Vaccine operations Central Provinces 1886-1899 - 1886-1899
Year: 1886
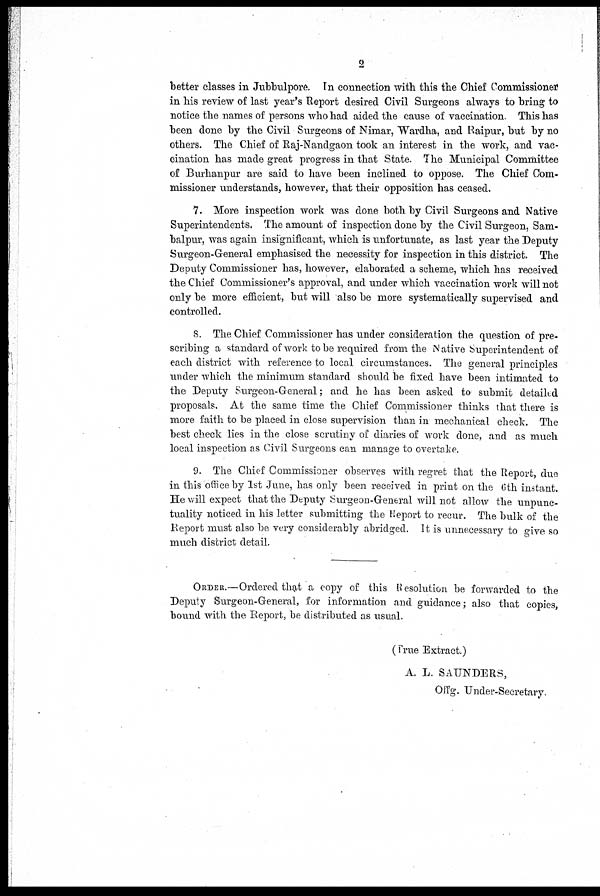
2
better classes in Jubbulpore. In connection with this the Chief Commissioner
in his review of last year's Report desired Civil Surgeons always to bring to
notice the names of persons who had aided the cause of vaccination. This has
been done by the Civil Surgeons of Nimar, Wardha, and Raipur, but by no
others. The Chief of Raj-Nandgaon took an interest in the work, and vac-
cination has made great progress in that State. The Municipal Committee
of Burhanpur are said to have been inclined to oppose. The Chief Com-
missioner understands, however, that their opposition has ceased.
7. More inspection work was done both by Civil Surgeons and Native
Superintendents. The amount of inspection done by the Civil Surgeon, Sam-
balpur, was again insignificant, which is unfortunate, as last year the Deputy
Surgeon-General emphasised the necessity for inspection in this district. The
Deputy Commissioner has, however, elaborated a scheme, which has received
the Chief Commissioner's approval, and under which vaccination work will not
only be more efficient, but will also be more systematically supervised and
controlled.
8. The Chief Commissioner has under consideration the question of pre-
scribing a standard of work to be required from the Native Superintendent of
each district with reference to local circumstances. The general principles
under which the minimum standard should be fixed have been intimated to
the Deputy Surgeon-General; and he has been asked to submit detailed
proposals. At the same time the Chief Commissioner thinks that there is
more faith to be placed in close supervision than in mechanical check. The
best check lies in the close scrutiny of diaries of work done, and as much
local inspection as Civil Surgeons can manage to overtake.
9. The Chief Commissioner observes with regret that the Report, due
in this office by 1st June, has only been received in print on the 6th instant.
He will expect that the Deputy Surgeon-General will not allow the unpunc¬
tuality noticed in his letter submitting the Report to recur. The bulk of the
Report must also be very considerably abridged. It is unnecessary to give so
much district detail.
ORDER.—Ordered that a copy of this Resolution be forwarded to the
Deputy Surgeon-General, for information and guidance; also that copies,
bound with the Report, be distributed as usual.
(True Extract.)
A. L. SAUNDERS,
Offg. Under-Secretary.